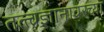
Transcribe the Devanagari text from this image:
तत्त्वज्ञानावरच्या